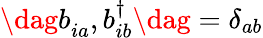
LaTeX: \dag{b_{ia}^{\phantom{\dagger}},b_{ib}^{\dagger}\dag}=\delta_{ab}